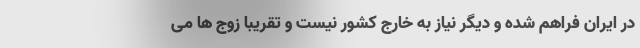
در ایران فراهم شده و دیگر نیاز به خارج کشور نیست و تقریبا زوج ها می